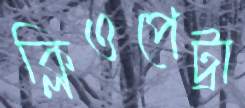
ক্লিওপেট্রা